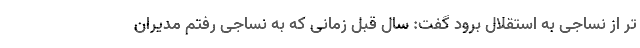
تر از نساجی به استقلال برود گفت: سال قبل زمانی که به نساجی رفتم مدیران